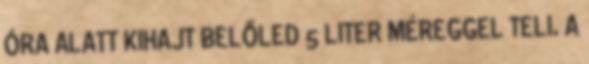
ÓRA ALATT KIHAJT BELŐLED 5 LITER MÉREGGEL TELI. A